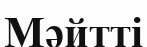
Мәйтті